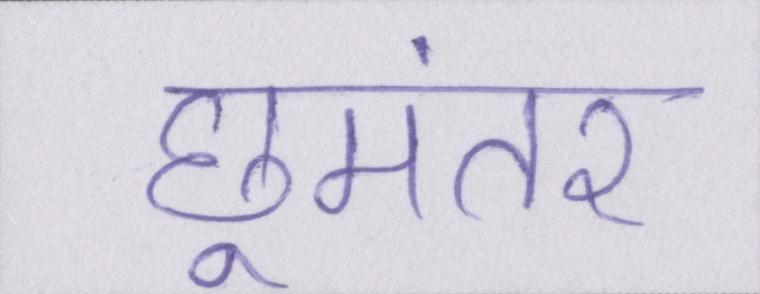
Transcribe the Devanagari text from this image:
छूमंतर